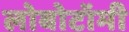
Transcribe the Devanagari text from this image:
लोबोटॉमी